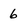
Character: 6